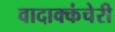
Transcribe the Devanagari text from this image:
वादाक्कंचेरी